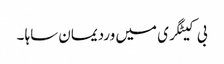
بی کیٹگری میں وردیمان ساہا ۔